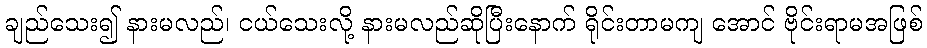
ချည်သေး၍ နားမလည်၊ ငယ်သေးလို့ နားမလည်ဆိုပြီးနောက် ရိုင်းတာမကျ အောင် ဗိုင်းရာမအဖြစ်